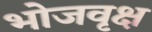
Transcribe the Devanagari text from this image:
भोजवृक्ष